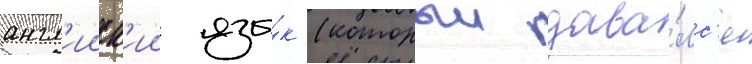
англ'ииск'ии язы́к (которыи дава́лс'я